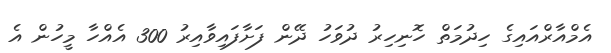
އެމްއާރްއައިގެ ހިދުމަތް ހޮނިހިރު ދުވަހު ދޭން ފަށާފައިވާއިރު 300 އެއްހާ މީހުން އެ